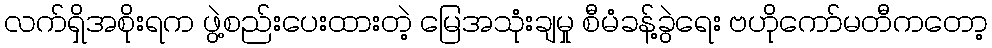
လက်ရှိအစိုးရက ဖွဲ့စည်းပေးထားတဲ့ မြေအသုံးချမှု စီမံခန့်ခွဲရေး ဗဟိုကော်မတီကတော့